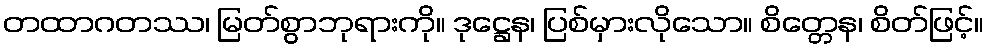
တထာဂတဿ၊ မြတ်စွာဘုရားကို။ ဒုဋ္ဌေန၊ ပြစ်မှားလိုသော။ စိတ္တေန၊ စိတ်ဖြင့်။